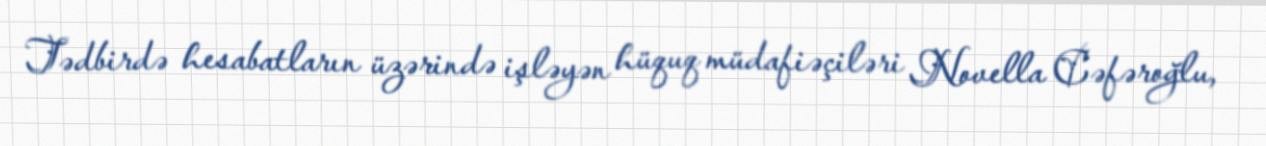
Tədbirdə hesabatların üzərində işləyən hüquq müdafiəçiləri Novella Cəfəroğlu,